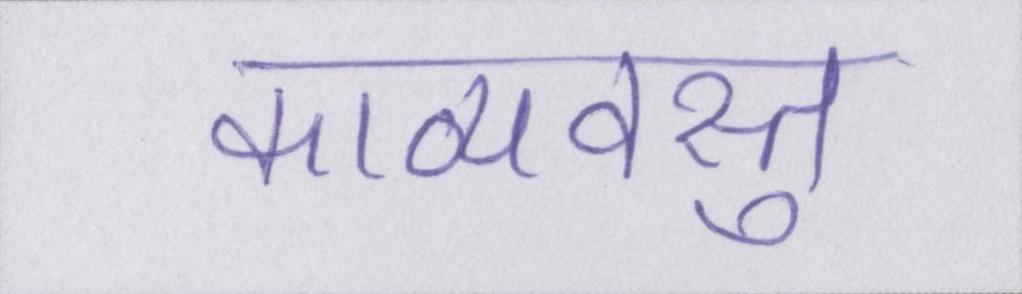
काव्यवस्तु